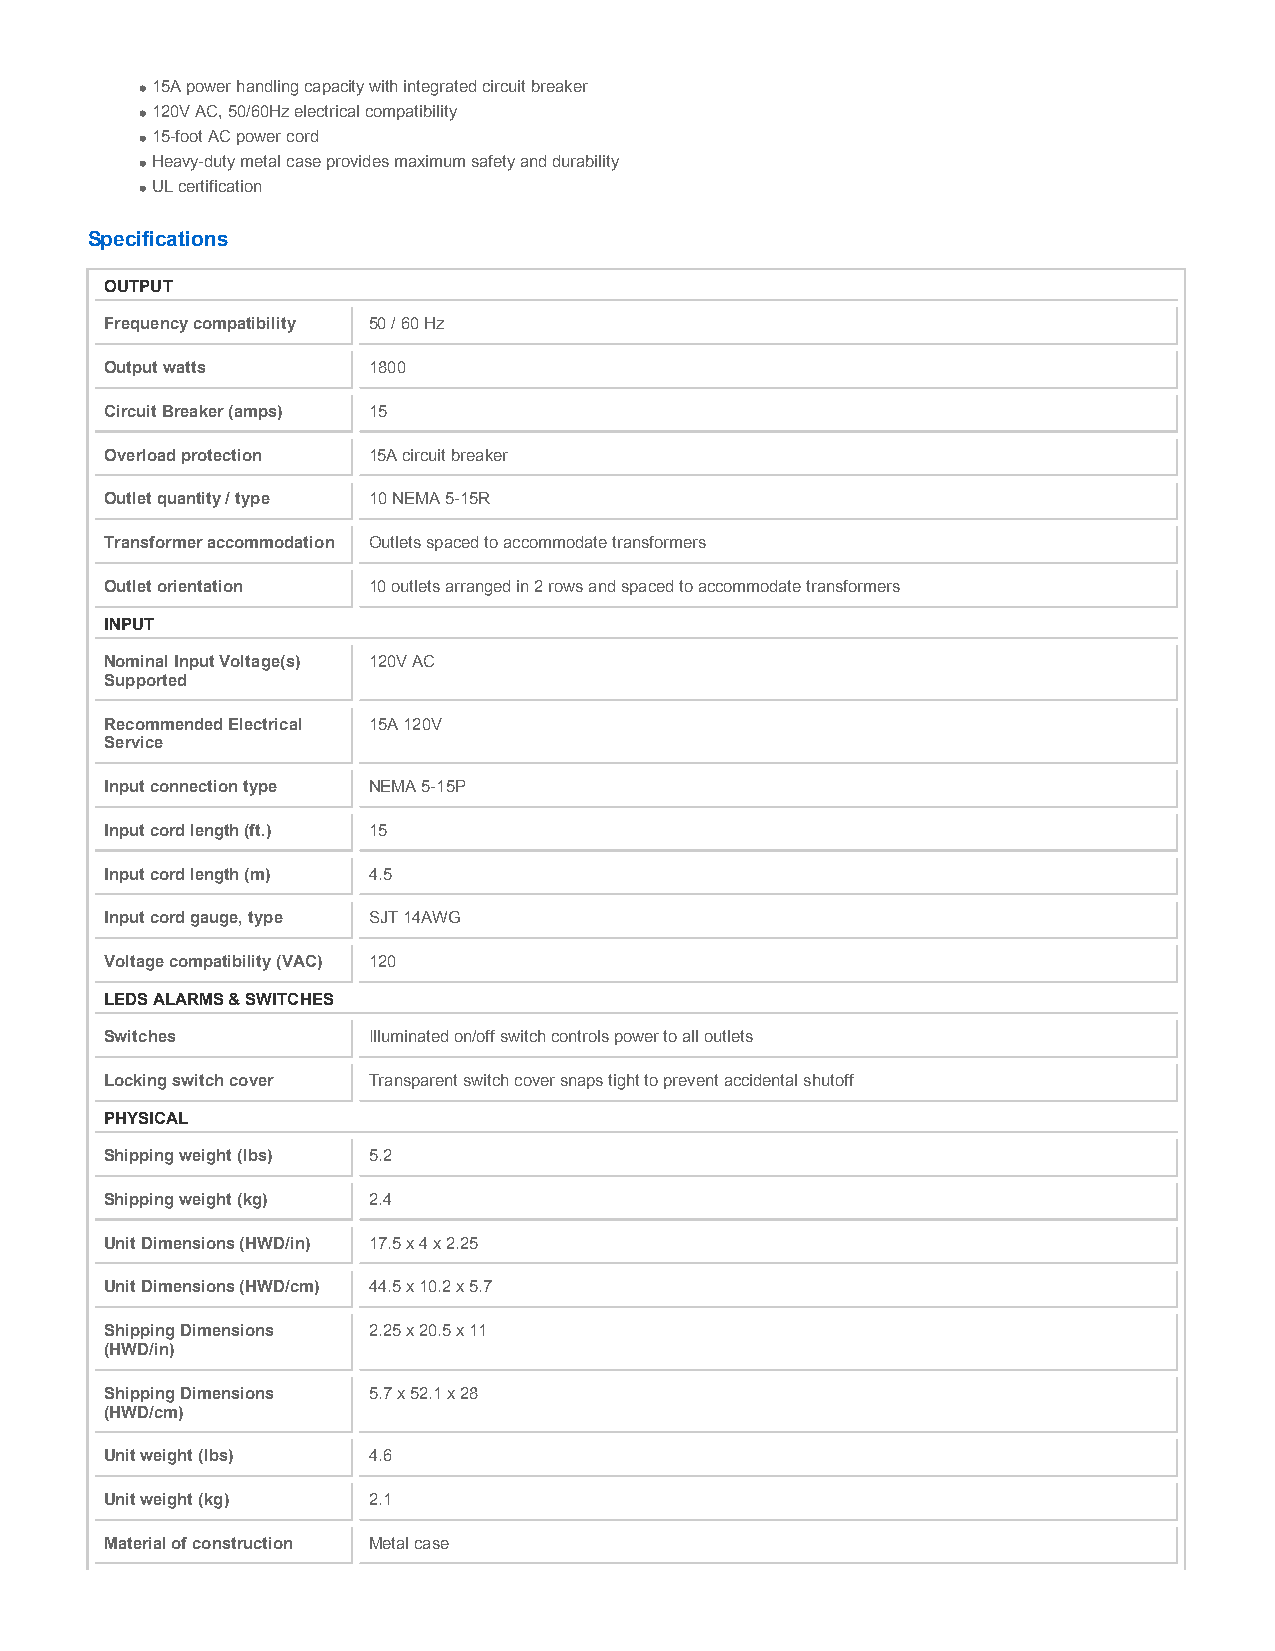
15A power handling capacity with integrated circuit breaker
 120V AC, 50/60Hz electrical compatibility
 15-foot AC power cord
 Heavy-duty metal case provides maximum safety and durability
 UL certification
 Specifications
 OUTPUT
 Frequency compatibility 50 / 60 Hz
 Output watts     1800
 Circuit Breaker (amps) 15
 Overload protection 15A circuit breaker
 Outlet quantity / type 10 NEMA 5-15R
 Transformer accommodation Outlets spaced to accommodate transformers
 Outlet orientation 10 outlets arranged in 2 rows and spaced to accommodate transformers
 INPUT
 Nominal Input Voltage(s) 120V AC
 Supported
 Recommended Electrical 15A 120V
 Service
 Input connection type NEMA 5-15P
 Input cord length (ft.) 15
 Input cord length (m) 4.5
 Input cord gauge, type SJT 14AWG
 Voltage compatibility (VAC) 120
 LEDS ALARMS & SWITCHES
 Switches         Illuminated on/off switch controls power to all outlets
 Locking switch cover Transparent switch cover snaps tight to prevent accidental shutoff
 PHYSICAL
 Shipping weight (lbs) 5.2
 Shipping weight (kg) 2.4
 Unit Dimensions (HWD/in) 17.5 x 4 x 2.25
 Unit Dimensions (HWD/cm) 44.5 x 10.2 x 5.7
 Shipping Dimensions 2.25 x 20.5 x 11
 (HWD/in)
 Shipping Dimensions 5.7 x 52.1 x 28
 (HWD/cm)
 Unit weight (lbs) 4.6
 Unit weight (kg) 2.1
 Material of construction Metal case